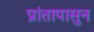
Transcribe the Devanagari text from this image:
प्रांतापासुन